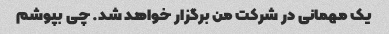
یک مهمانی در شرکت من برگزار خواهد شد. چی بپوشم